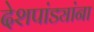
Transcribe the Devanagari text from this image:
देशपांड्यांना